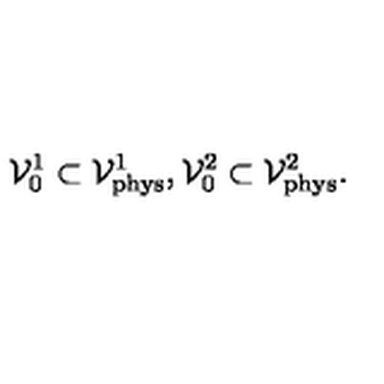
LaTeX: { \cal V } _ { 0 } ^ { 1 } \subset { \cal V } _ { \mathrm { p h y s } } ^ { 1 } , { \cal V } _ { 0 } ^ { 2 } \subset { \cal V } _ { \mathrm { p h y s } } ^ { 2 } .